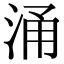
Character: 涌